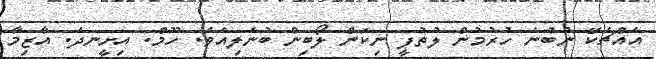
އެއްޗެކޭ ނުބުނެ ހުރުމުން ލުތުފީ ނިކަން ލޯބިން ބުނެލިއެވެ. ހޫމް. އިށީނދެ. އާޒިމާ